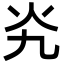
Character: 㶢